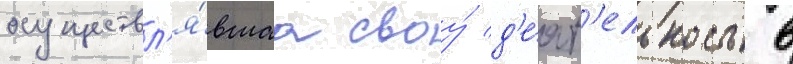
осуществл'я́вшаа своу́ д'е́ят'ельность в